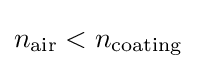
n_{\rm {air}}<n_{\rm {coating}}